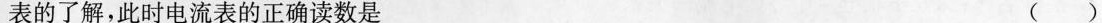
表的了解，此时电流表的正确读数是 （）